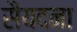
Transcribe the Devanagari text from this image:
सैयदना